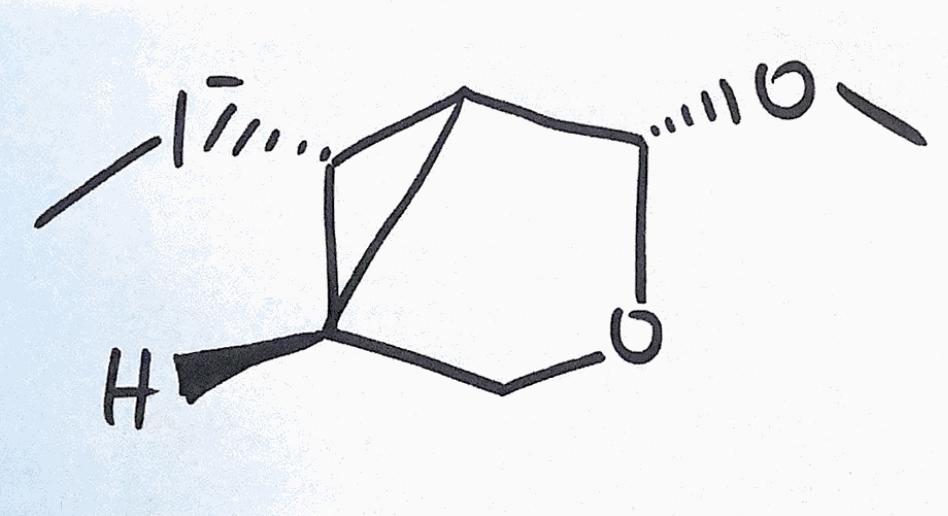
Simplified molecular-input line-entry system (SMILES) notation of the given molecule:
CO[C@H]1C2[C@@H]([C@@H]2[I-]C)CO1